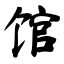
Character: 馆